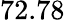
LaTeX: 72.78